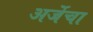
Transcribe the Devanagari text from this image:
अर्जेचा